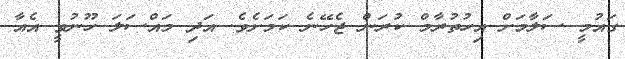
ގައުމީ ސަލާމަށް އިހުތުރާމް ކުރަން ޖެހޭނެ ކަމަށެވެ. އަދި މައްސަލަ ހޫނުވީ އެއާ